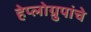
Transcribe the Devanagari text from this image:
हेप्लोग्रुपांचे